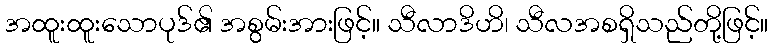
အထူးထူးသောပုဒ်၏ အစွမ်းအားဖြင့်။ သီလာဒိဟိ၊ သီလအစရှိသည်တို့ဖြင့်။